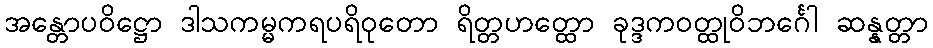
အန္တောပဝိဋ္ဌော ဒါသကမ္မကရပရိဝုတော ရိတ္တဟတ္ထော ခုဒ္ဒကဝတ္ထုဝိဘင်္ဂေါ ဆန္နတ္တာ